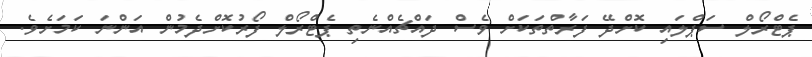
ޕެޓްރޯލް ސަޕްލައި ކޮށްދޭ ފަރާތްތަކަށް ވެސް ދައްޗެއްނެތި ޕެޓްރޯލް ފޯރުކޮށްދެމުން އަންނަ ކަމަށެވެ.